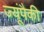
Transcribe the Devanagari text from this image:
ज्यूंपैकी